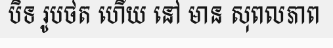
បិទ រូបថត ហើយ នៅ មាន សុពលភាព